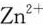
Zn_{2+}$$